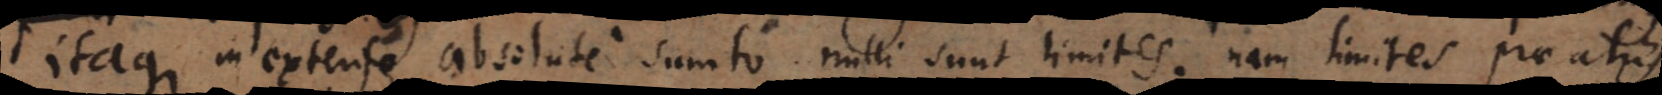
Itaque in extenso absolute sumto nulli sunt limites; nam limites prae aliis